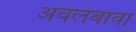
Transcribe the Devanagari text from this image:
अवलंबावा